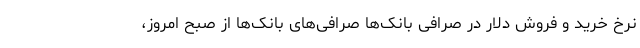
نرخ خرید و فروش دلار در صرافی بانک‌ها صرافی‌های بانک‌ها از صبح امروز،